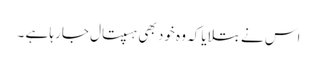
اس نے بتلایا کہ وہ خود بھی ہسپتال جارہا ہے ۔